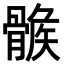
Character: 𩩽